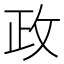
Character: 政